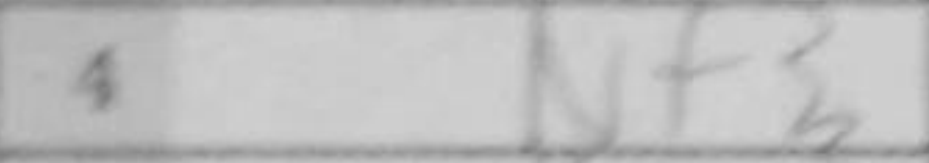
Transcription: NNf5